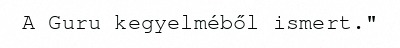
A Guru kegyelméből ismert."